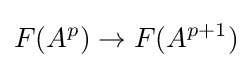
F(A^{p})\to F(A^{p+1})